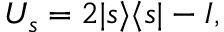
U _ { s } = 2 | s \rangle \langle s | - I ,